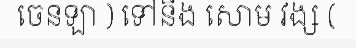
ចេនឡា ) ទៅនឹង សោម វង្ស (